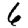
Digit: 6